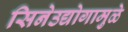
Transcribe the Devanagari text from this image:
सिनेउद्योगामुळे